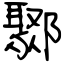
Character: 鄹